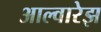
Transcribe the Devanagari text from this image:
आल्वारेझ